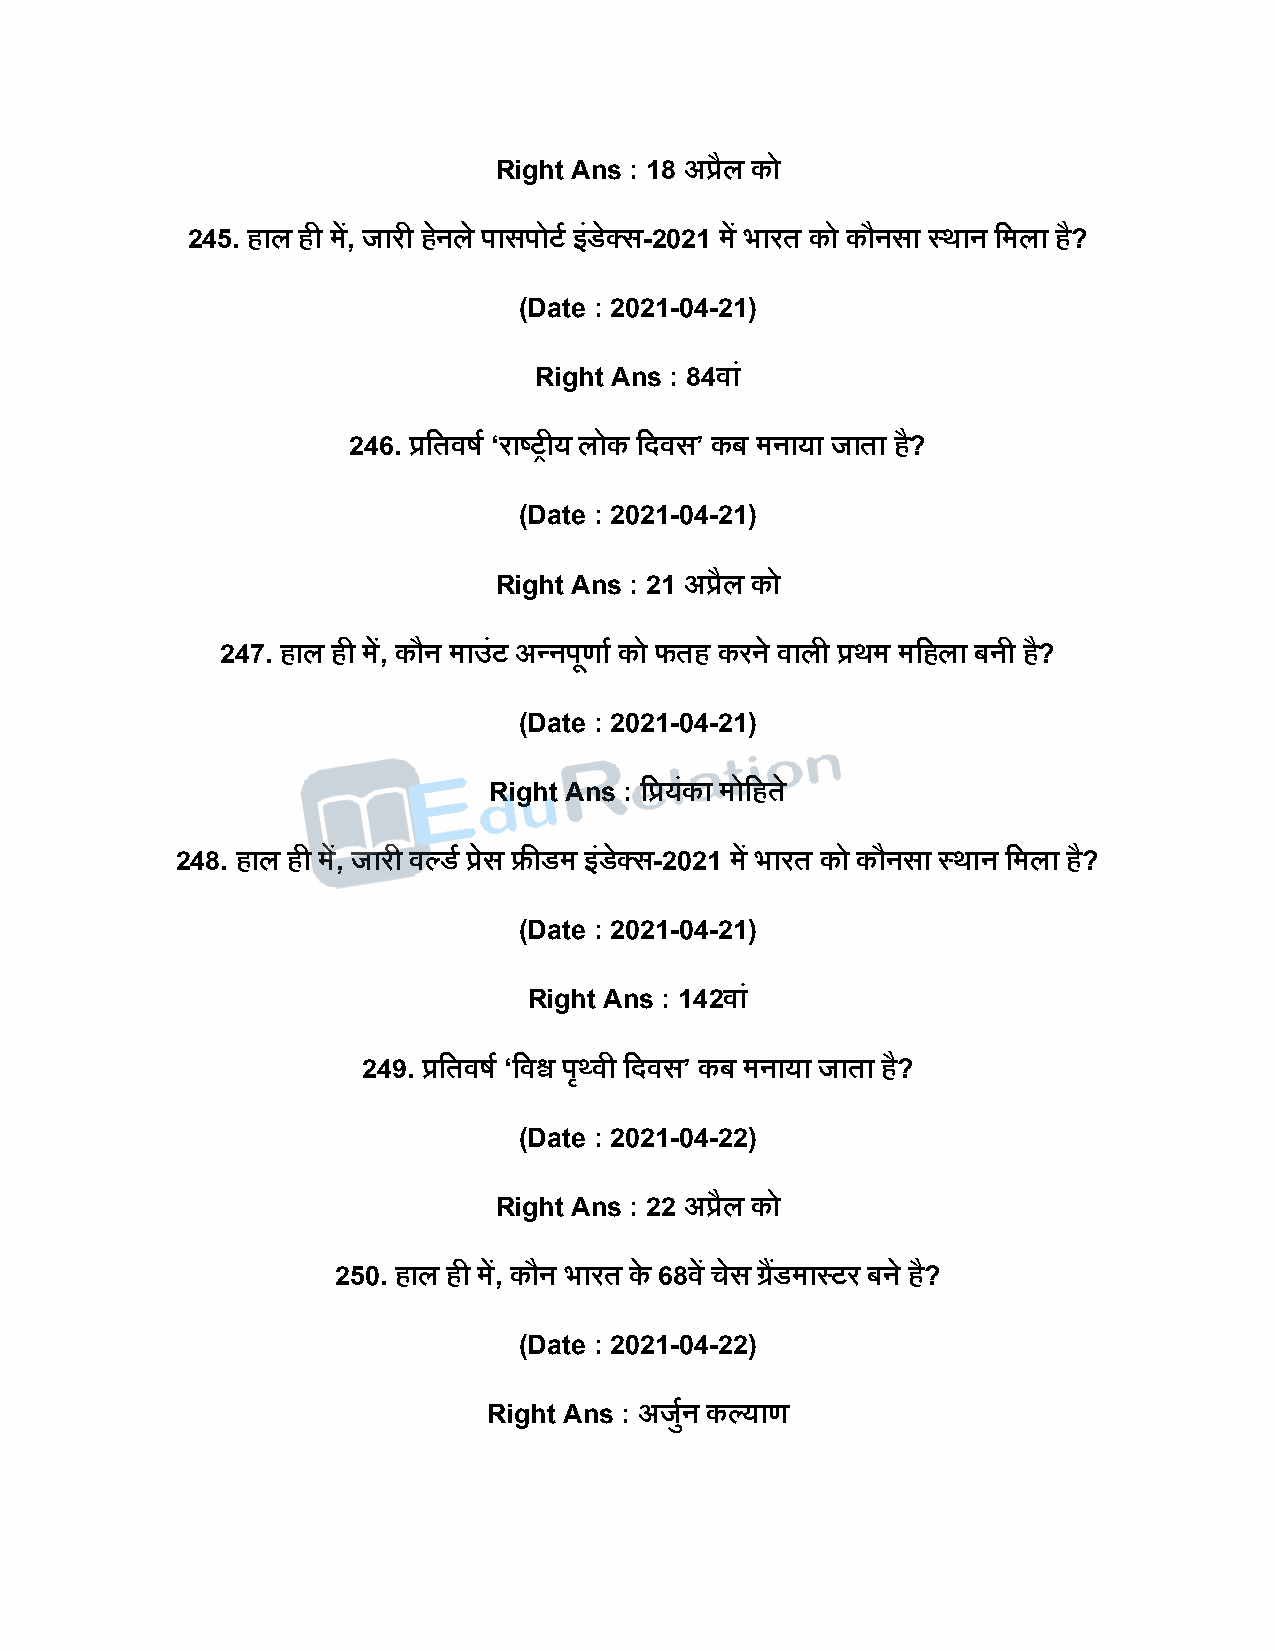
Right Ans : 18 अप्रैल को
 245. हाल ही में, जारी हने ले िासिोटष इंडेक्स-2021 में भारत को कौनसा स्थान दमला है?
 (Date : 2021-04-21)
 Right Ans : 84वां
 246. प्रदतवर्ष ‘राष्ट्रीय लोक दिवस’ कब मनाया जाता है?
 (Date : 2021-04-21)
 Right Ans : 21 अप्रैल को
 247. हाल ही में, कौन माउंट अन्निूणाष को फतह करने वाली प्रथम मदहला बनी है?
 (Date : 2021-04-21)
 Right Ans : दप्रयंका मोदहते
 248. हाल ही में, जारी वल्डष प्रेस फ्रीडम इंडक्े स-2021 में भारत को कौनसा स्थान दमला है?
 (Date : 2021-04-21)
 Right Ans : 142वां
 249. प्रदतवर्ष ‘दवश्व िृ्वी दिवस’ कब मनाया जाता है?
 (Date : 2021-04-22)
 Right Ans : 22 अप्रैल को
 250. हाल ही में, कौन भारत के 68वें चेस ग्रडैं मास्टर बने है?
 (Date : 2021-04-22)
 Right Ans : अजषुन कल्याण